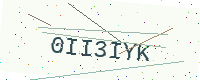
Text: 0II3IYK